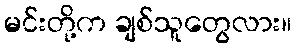
မင်းတို့က ချစ်သူတွေလား။